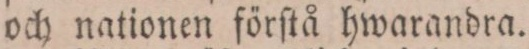
och nationen förſtå hwarandra.